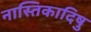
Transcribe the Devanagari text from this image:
नास्तिकादिषु